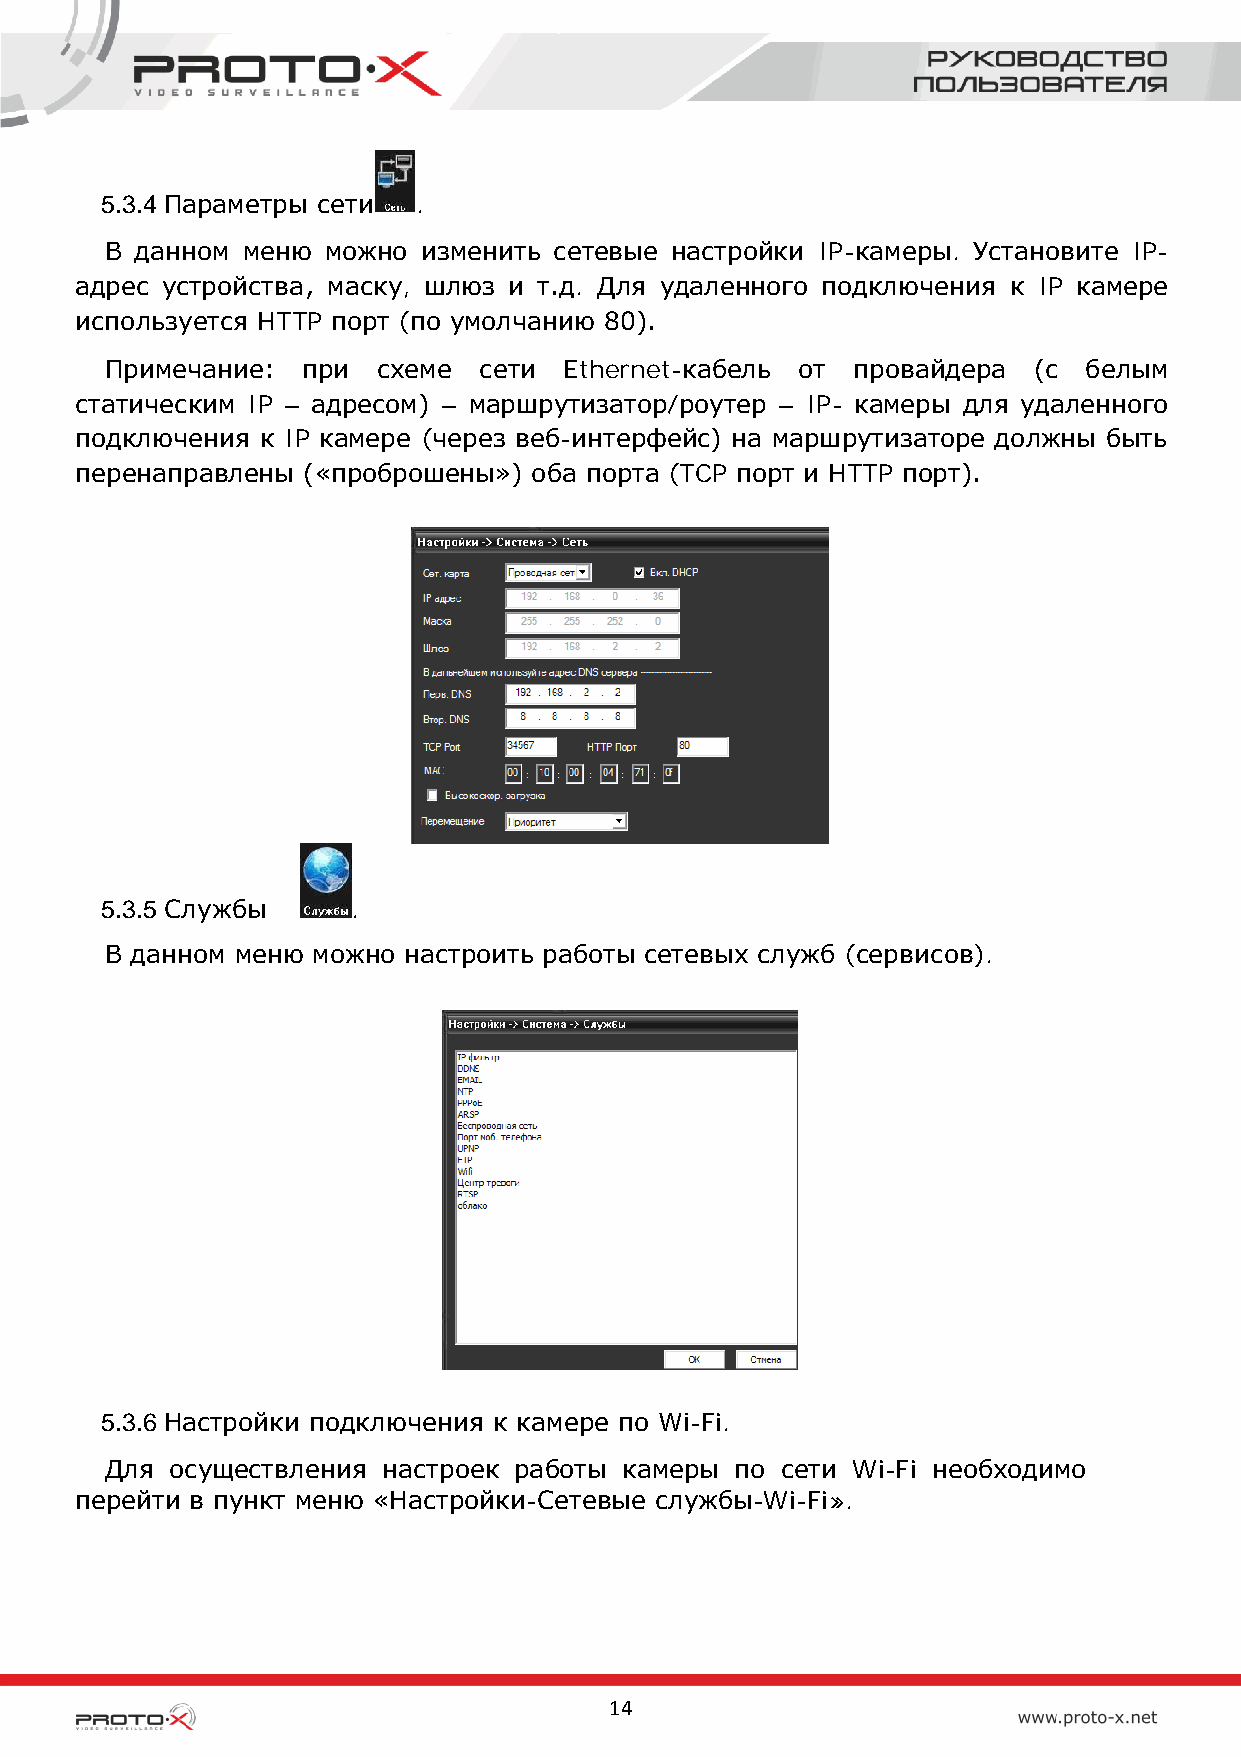
5.3.4 Параметры сети .
 В данном меню можно  изменить сетевые настройки IP-камеры. Установите IP-
 адрес устройства, маску, шлюз и т.д. Для удаленного подключения к IP камере
 используется HTTP порт (по умолчанию 80).
 Примечание:  при  схеме  сети Ethernet-кабель от провайдера  (с  белым
 статическим IP – адресом) – маршрутизатор/роутер – IP- камеры для удаленного
 подключения к IP камере (через веб-интерфейс) на маршрутизаторе должны быть
 перенаправлены («проброшены») оба порта (TCP порт и HTTP порт).
 5.3.5 Службы    .
 В данном меню можно настроить работы сетевых служб (сервисов).
 5.3.6 Настройки подключения к камере по Wi-Fi.
 Для осуществления настроек работы камеры  по сети Wi-Fi необходимо
 перейти в пункт меню «Настройки-Сетевые службы-Wi-Fi».
 14